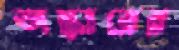
অস্কারের